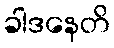
ခါဒနေတိ